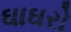
ઘાઘરો